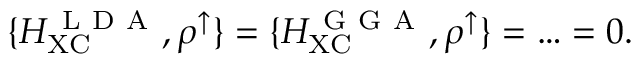
\{ H _ { \mathrm { X C } } ^ { \mathrm { ~ L ~ D ~ A ~ } } , \rho ^ { \uparrow } \} = \{ H _ { \mathrm { X C } } ^ { \mathrm { ~ G ~ G ~ A ~ } } , \rho ^ { \uparrow } \} = \ldots = 0 .